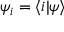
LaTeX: \psi _ { i } = \langle i | \psi \rangle